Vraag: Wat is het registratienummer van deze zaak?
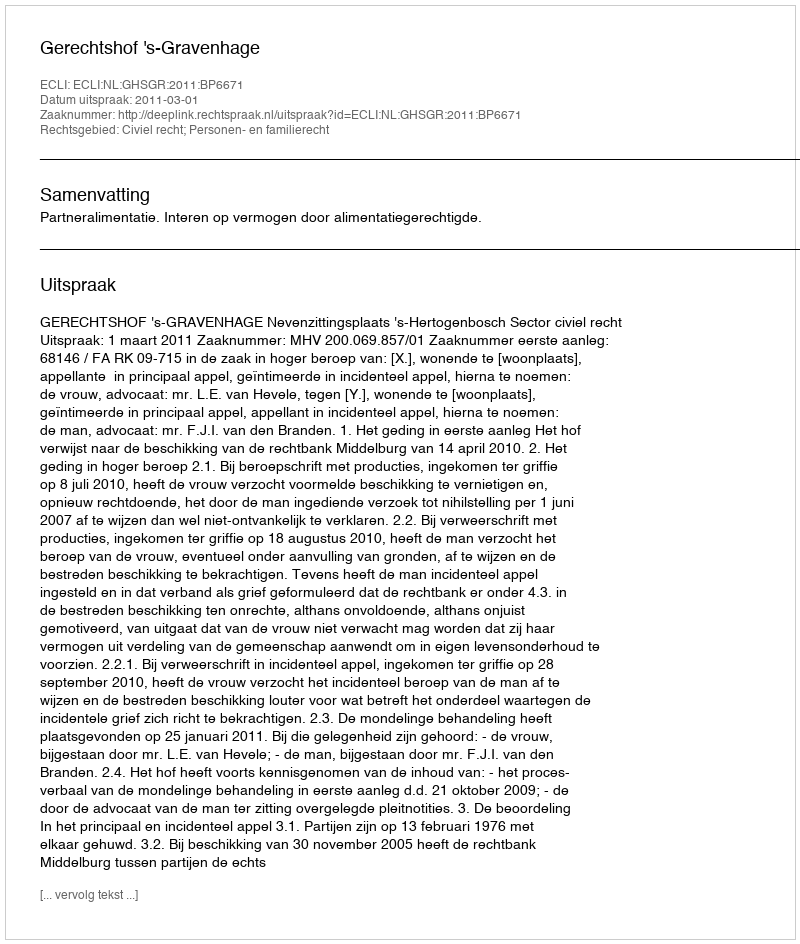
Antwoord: http://deeplink.rechtspraak.nl/uitspraak?id=ECLI:NL:GHSGR:2011:BP6671